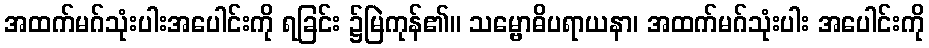
အထက်မဂ်သုံးပါးအပေါင်းကို ရခြင်း ၌မြဲကုန်၏။ သမ္ဗောဓိပရာယနာ၊ အထက်မဂ်သုံးပါး အပေါင်းကို